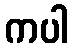
ကပါ